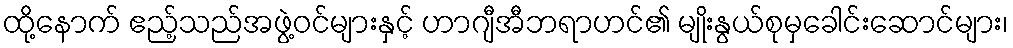
ထို့နောက် ဧည့်သည်အဖွဲ့ဝင်များနှင့် ဟာဂျီအီဘရာဟင်၏ မျိုးနွယ်စုမှခေါင်းဆောင်များ၊